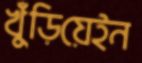
খুঁড়িয়েইন